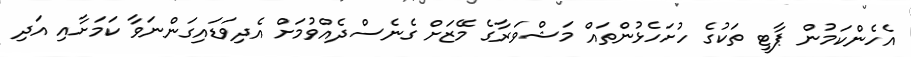
އެހެންކަމުން ޕާޓީ ތަކުގެ ހުށަހެޅުންތައް މަޝްވަރާގެ މޭޒަށް ގެނެސްދެއްވުމަށް އެދިވަޑައިގަންނަވާ ކަމަށާއި އަދި